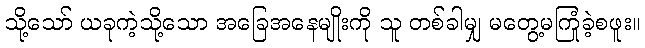
သို့သော် ယခုကဲ့သို့သော အခြေအနေမျိုးကို သူ တစ်ခါမျှ မတွေ့မကြုံခဲ့စဖူး။